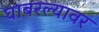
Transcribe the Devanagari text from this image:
घाबरल्यावर